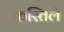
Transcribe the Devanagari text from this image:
कस्तिले